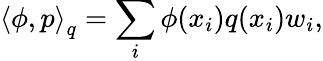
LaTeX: \left\langle\phi,p\right\rangle_{q}=\sum_{i}\phi(x_{i})q(x_{i})w_{i},